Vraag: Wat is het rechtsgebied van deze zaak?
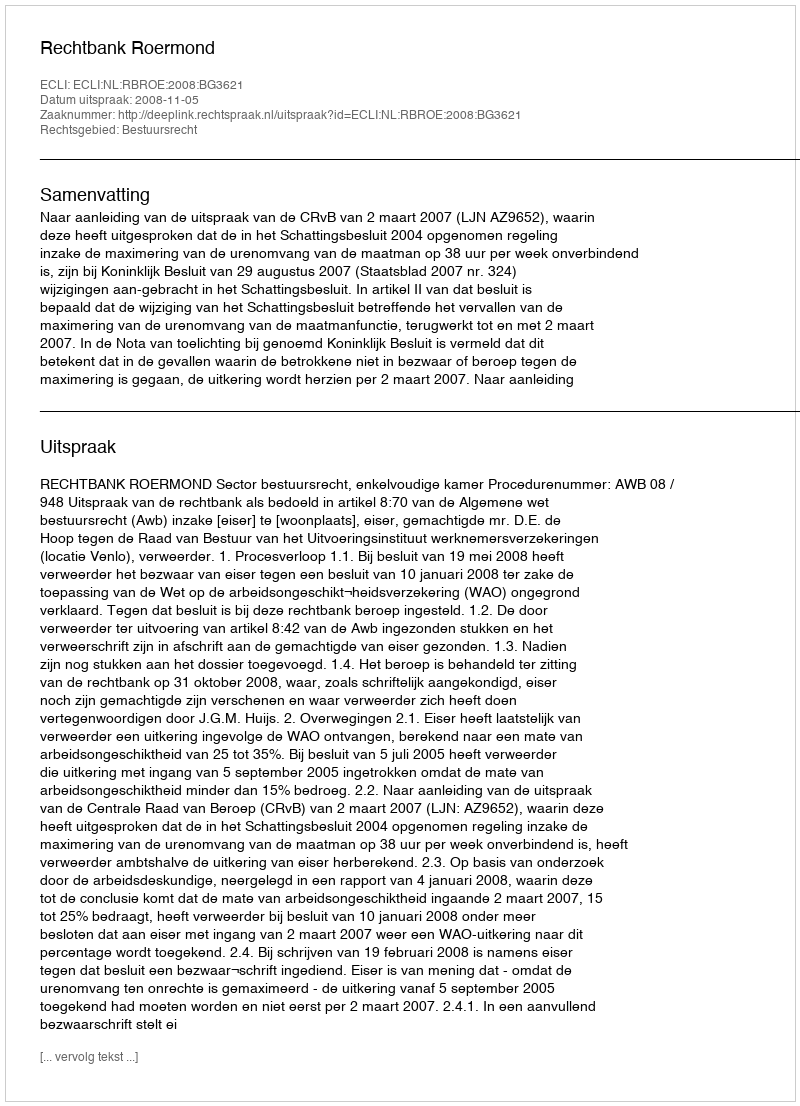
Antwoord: Bestuursrecht